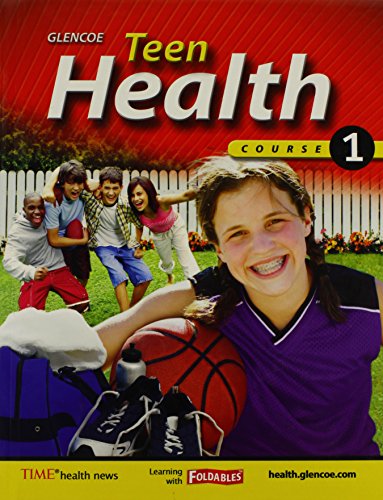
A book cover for Teen Health, Course 1; Glencoe; Health, Fitness & Dieting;